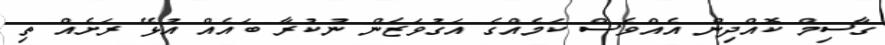
ގާސިމް ކޮއްދިން އެއްވެސް ކަމެއްގެ އަގުވަޒަން ނުކުރާ ބައެއް އުޅޭ ރަށެއް ތި